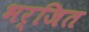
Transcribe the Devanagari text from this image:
भर्जित